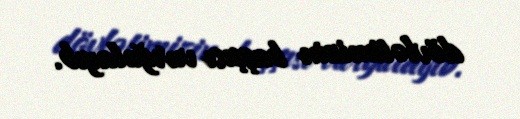
dövlətimizin başçısı vurğulayıb.